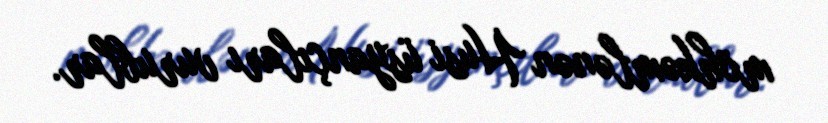
möhkəmlənən Husi üsyançıları vurublar.